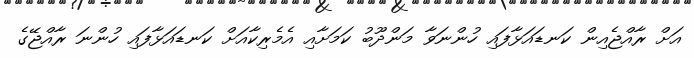
އަށް ރާއްޖެއިން ކަނޑައަޅާފައި ހުންނަވާ މަންދޫބު ކަމަށާއި އެމެރިކާއަށް ކަނޑައަޅާފައި ހުންނަ ރާއްޖޭގެ